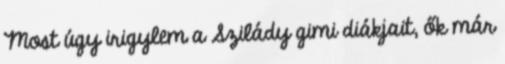
Most úgy irigylem a Szilády gimi diákjait, ők már